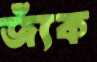
জ্যঁক